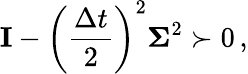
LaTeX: \mathbf I-\left(\frac{\Delta t}{2}\right)^{2}\mathbf{\Sigma}^{2}\succ 0\, ,